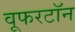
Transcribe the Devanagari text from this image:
वूफरटॉन